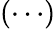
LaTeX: (\cdots)